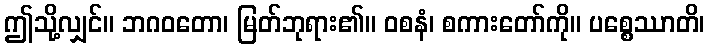
ဤသို့လျှင်။ ဘဂဝတော၊ မြတ်ဘုရား၏။ ဝစနံ၊ စကားတော်ကို။ ပစ္စေဿာတိ၊